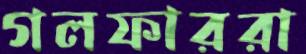
গলফাররা